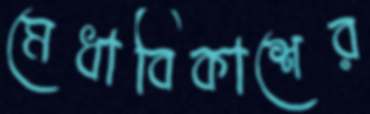
মেধাবিকাশের